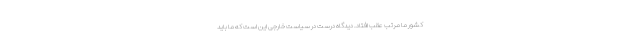
کشور ما مرتب عقب افتاد. دیدگاه درست در سیاست خارجی این است که ما باید